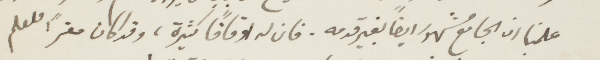
علمنا ان الجامع مشهورا أيضًا بغير قدمه. فان له اوقافًا كثيرة، وقد كان مقرًا للعلم